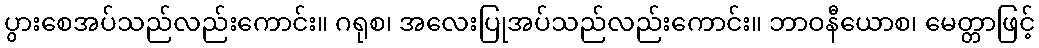
ပွားစေအပ်သည်လည်းကောင်း။ ဂရုစ၊ အလေးပြုအပ်သည်လည်းကောင်း။ ဘာဝနီယောစ၊ မေတ္တာဖြင့်